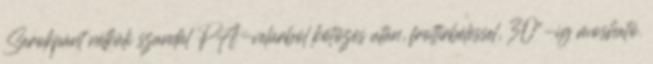
Sarokpánt nélküli szandál PA-velúrból kötözés után, frottírbéléssel, 30°-ig mosható.